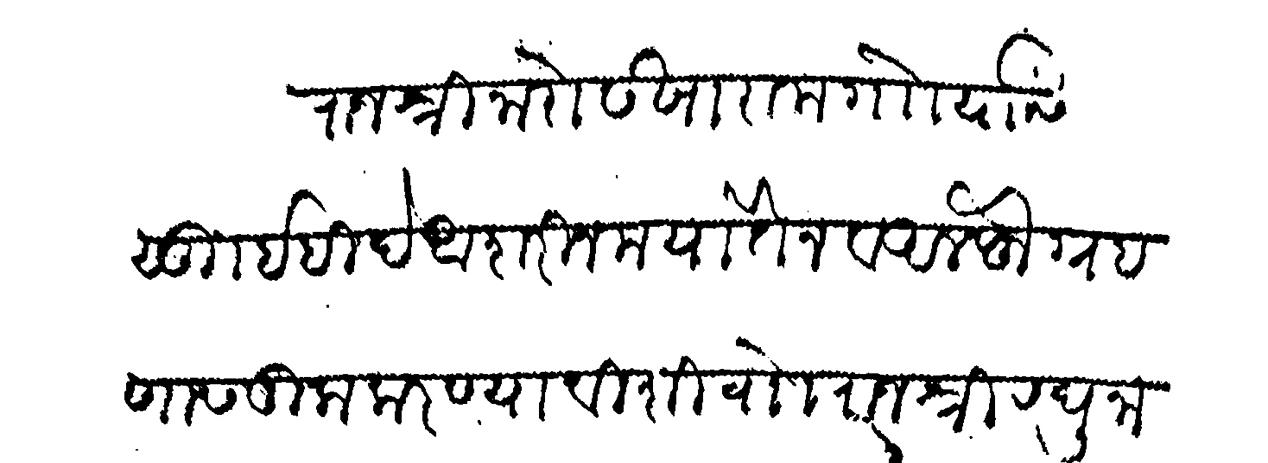
Transliteration (Devanagari): राजश्री नारो सखाराम गाो यासी सु इहीदे अशरीन मयातैन व अलफ ग्रहणास तुला करण्याविशी वाो राजश्री रघुनाथ